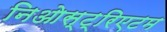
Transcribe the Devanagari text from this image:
निओस्ट्रिएटम